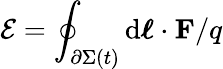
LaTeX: {\mathcal{E}}=\oint_{\partial\Sigma(t)}\mathrm{d}{\boldsymbol{\ell}}\cdot\mathbf{F}/q